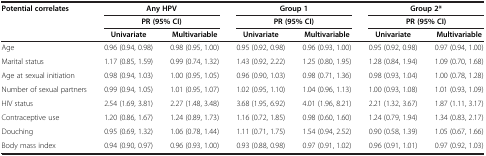
<table><thead><tr><td><b>Potential correlates</b></td><td colspan="2"><b>Any HPV</b></td><td colspan="2"><b>Group 1</b></td><td colspan="2"><b>Group 2*</b></td></tr><tr><td><b> </b></td><td colspan="2"><b>PR (95% CI)</b></td><td colspan="2"><b>PR (95% CI)</b></td><td colspan="2"><b>PR (95% CI)</b></td></tr><tr><td><b> </b></td><td><b>Univariate</b></td><td><b>Multivariable</b></td><td><b>Univariate</b></td><td><b>Multivariable</b></td><td><b>Univariate</b></td><td><b>Multivariable</b></td></tr></thead><tbody><tr><td>Age</td><td>0.96 (0.94, 0.98)</td><td>0.98 (0.95, 1.00)</td><td>0.95 (0.92, 0.98)</td><td>0.96 (0.93, 1.00)</td><td>0.95 (0.92, 0.98)</td><td>0.97 (0.94, 1.00)</td></tr><tr><td>Marital status</td><td>1.17 (0.85, 1.59)</td><td>0.99 (0.74, 1.32)</td><td>1.43 (0.92, 2.22)</td><td>1.25 (0.80, 1.95)</td><td>1.28 (0.84, 1.94)</td><td>1.09 (0.70, 1.68)</td></tr><tr><td>Age at sexual initiation</td><td>0.98 (0.94, 1.03)</td><td>1.00 (0.95, 1.05)</td><td>0.96 (0.90, 1.03)</td><td>0.98 (0.71, 1.36)</td><td>0.98 (0.93, 1.04)</td><td>1.00 (0.78, 1.28)</td></tr><tr><td>Number of sexual partners</td><td>0.99 (0.94, 1.05)</td><td>1.01 (0.95, 1.07)</td><td>1.02 (0.95, 1.10)</td><td>1.04 (0.96, 1.13)</td><td>1.00 (0.93, 1.08)</td><td>1.01 (0.93, 1.09)</td></tr><tr><td>HIV status</td><td>2.54 (1.69, 3.81)</td><td>2.27 (1.48, 3.48)</td><td>3.68 (1.95, 6.92)</td><td>4.01 (1.96, 8.21)</td><td>2.21 (1.32, 3.67)</td><td>1.87 (1.11, 3.17)</td></tr><tr><td>Contraceptive use</td><td>1.20 (0.86, 1.67)</td><td>1.24 (0.89, 1.73)</td><td>1.16 (0.72, 1.85)</td><td>0.98 (0.60, 1.60)</td><td>1.24 (0.79, 1.94)</td><td>1.34 (0.83, 2.17)</td></tr><tr><td>Douching</td><td>0.95 (0.69, 1.32)</td><td>1.06 (0.78, 1.44)</td><td>1.11 (0.71, 1.75)</td><td>1.54 (0.94, 2.52)</td><td>0.90 (0.58, 1.39)</td><td>1.05 (0.67, 1.66)</td></tr><tr><td>Body mass index</td><td>0.94 (0.90, 0.97)</td><td>0.96 (0.93, 1.00)</td><td>0.93 (0.88, 0.98)</td><td>0.97 (0.91, 1.02)</td><td>0.96 (0.91, 1.01)</td><td>0.97 (0.92, 1.03)</td></tr></tbody></table>